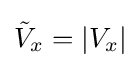
{\tilde {V}}_{x}=|V_{x}|